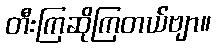
တီးကြဆိုကြတယ်ဗျာ။